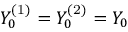
Y _ { 0 } ^ { \mathrm { ( 1 ) } } = Y _ { 0 } ^ { \mathrm { ( 2 ) } } = Y _ { 0 }